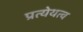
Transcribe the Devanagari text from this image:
प्रत्येयत्व